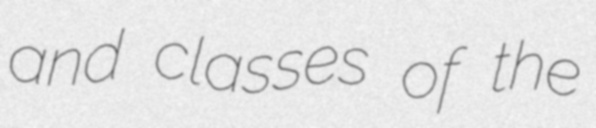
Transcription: and classes of the